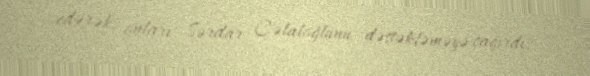
edərək, onları Sərdar Cəlaloğlunu dəstəkləməyə çağırdı.